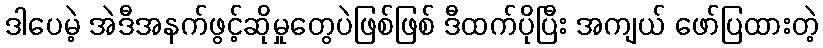
ဒါပေမဲ့ အဲဒီအနက်ဖွင့်ဆိုမှုတွေပဲဖြစ်ဖြစ် ဒီထက်ပိုပြီး အကျယ် ဖော်ပြထားတဲ့